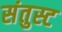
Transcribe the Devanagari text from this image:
संतुस्ट